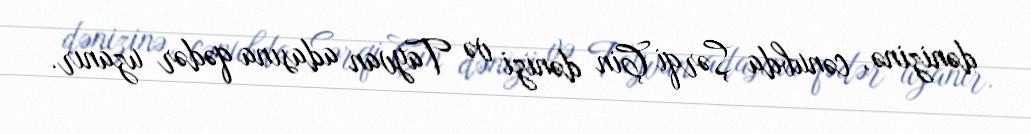
dənizinə, cənubda Şərqi Çin dənizi və Tayvan adasına qədər uzanır.